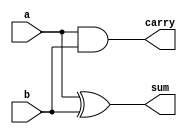
module halfadder(a,b,sum,carry);
input a,b;
output sum,carry;
xor g1(sum,a,b);
and g2(carry,a,b);
endmodule